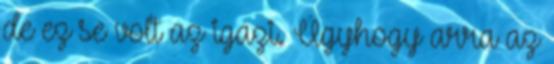
de ez se volt az igazi. Úgyhogy arra az